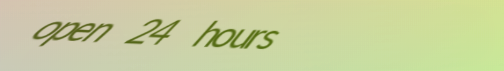
open 24 hours